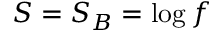
S = S _ { B } = \log f